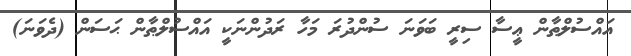
އައްސުލްޠާން ޢީސާ ސިރީ ބަވަނަ ސުންދުރަ މަހާ ރަދުންނަކީ އައްސުލްޠާން ޙަސަން (ދެވަނަ)